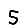
Digit: 5